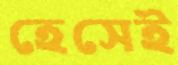
হেসেই